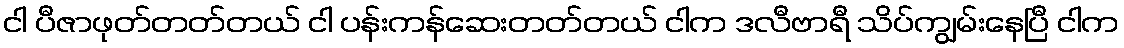
ငါ ပီဇာဖုတ်တတ်တယ် ငါ ပန်းကန်ဆေးတတ်တယ် ငါက ဒလီဗာရီ သိပ်ကျွမ်းနေပြီ ငါက